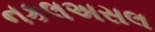
નકલઅસલ